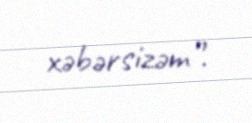
xəbərsizəm”.